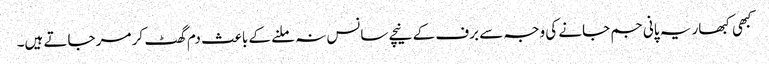
کبھی کبھار یہ پانی جم جانے کی وجہ سے برف کے نیچے سانس نہ ملنے کے باعث دم گھٹ کر مر جاتے ہیں۔